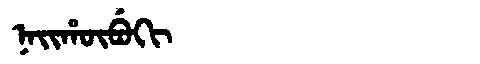
Manchu: ᠨᠠᡳᡥᡡᠪᡠᡴᡳ
Romanization: NAIHŪBUKI